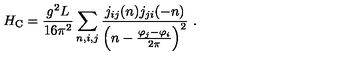
H _ { \mathrm { C } } = \frac { g ^ { 2 } L } { 1 6 \pi ^ { 2 } } \sum _ { n , i , j } \frac { j _ { i j } ( n ) j _ { j i } ( - n ) } { \left( n - \frac { \varphi _ { j } - \varphi _ { i } } { 2 \pi } \right) ^ { 2 } } \ .